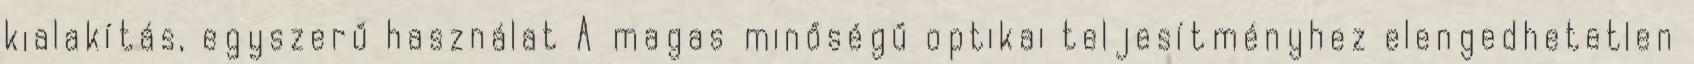
kialakítás, egyszerű használat A magas minőségű optikai teljesítményhez elengedhetetlen